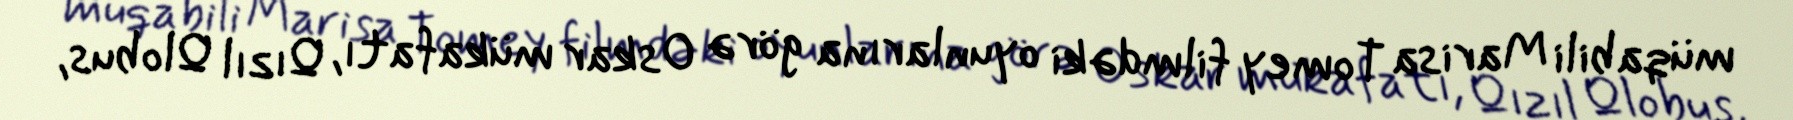
müqabili Marisa Tomey filmdəki oyunlarına görə Oskar mükafatı, Qızıl Qlobus,